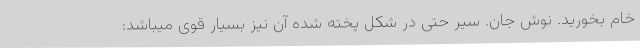
خام بخورید. نوش جان. سیر حتی در شکل پخته شده آن نیز بسیار قوی میباشد: